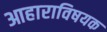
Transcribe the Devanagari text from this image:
आहाराविषयक